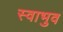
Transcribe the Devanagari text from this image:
स्वाभुव